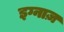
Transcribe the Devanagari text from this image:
इग्नाज़